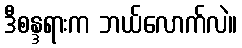
ဒီစန္ဒရားက ဘယ်လောက်လဲ။